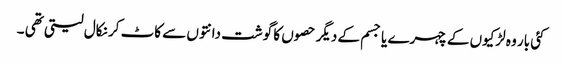
کئی بار وہ لڑکیوں کے چہرے یا جسم کے دیگر حصوں کا گوشت دانتوں سے کاٹ کر نکال لیتی تھی ۔